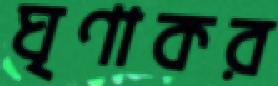
ঘৃণাকর